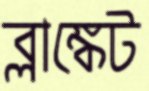
ব্লাঙ্কেট